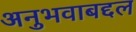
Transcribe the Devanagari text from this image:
अनुभवाबद्दल